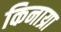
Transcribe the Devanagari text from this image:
किनाय्रा